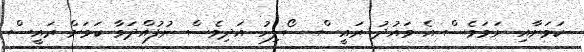
ކަމަށާއި ނަމަވެސް އެ ވައުދު ރައީސް ސޯލިހު އަދިވެސް ނުފުއްދަވާ ކަމަށް ރައީސް